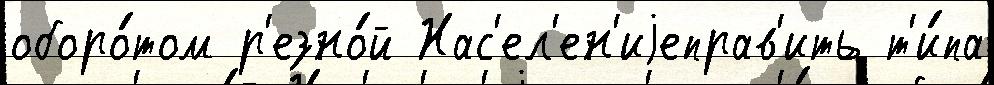
оборо́том р'езно́й Нас'ел'ен'иjеправ'ить т'и́па